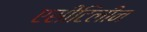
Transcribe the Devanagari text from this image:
एसीटिलीन